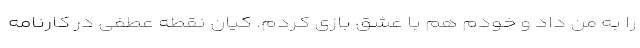
را به من داد و خودم هم با عشق بازی کردم. کیان نقطه عطفی در کارنامه